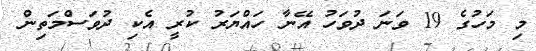
މި މަހުގެ 19 ވަނަ ދުވަހު އޭނާ ހައްޔަރު ކުރީ އެކި ދުވަސްމަތިން